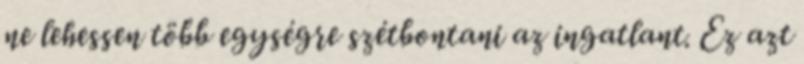
ne lehessen több egységre szétbontani az ingatlant. Ez azt